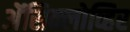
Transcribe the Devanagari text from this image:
ॲेसिक्लोव्हिर